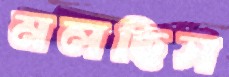
মলছিস